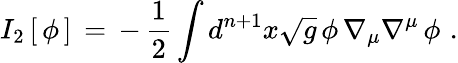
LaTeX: I_{2}\, [\, \phi\, ]\, =\, -\, {\frac{1}{2}}\int d^{n+1}x\sqrt{g}\, \phi\, \nabla_{\mu}\nabla^{\mu}\, \phi\, \, .